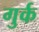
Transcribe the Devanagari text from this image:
गुर्क